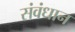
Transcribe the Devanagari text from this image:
संवंधान